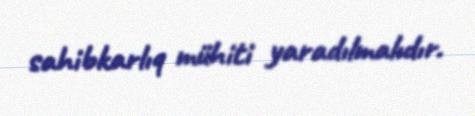
sahibkarlıq mühiti yaradılmalıdır.